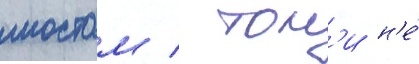
мостом / тон'и н'е́